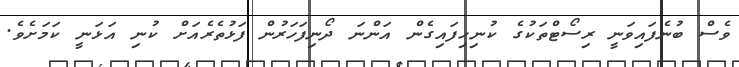
ވެސް ބުނެފައިވަނީ ރިސޯޓްތަކުގެ ކުނިހިފައިގެން އަންނަ ދޯނިފަހަރުން ފަޅުތެރެއަށް ކުނި އަޅަނީ ކަމަށެވެ.